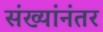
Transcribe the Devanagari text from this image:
संख्यांनंतर